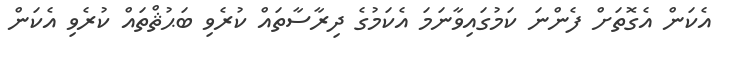
އެކަން އެގޮތަށް ފެންނަ ކަމުގައިވާނަމަ އެކަމުގެ ދިރާސާތައް ކުރެވި ބަޙުޘްތައް ކުރެވި އެކަން